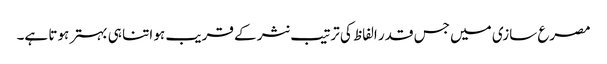
مصرع سازی میں جس قدر الفاظ کی ترتیب نثر کے قریب ہو اتنا ہی بہتر ہوتا ہے۔